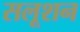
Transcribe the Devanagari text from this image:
सलूशन